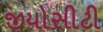
જીયોસીટી